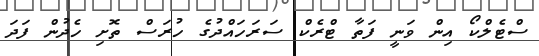
ސްޓެލްކޯ އިން ވަނީ ފަތާ ޓްރެކް ސަރަހައްދުގެ ހުރަސް ތޮށި ހެދުން ފަދަ